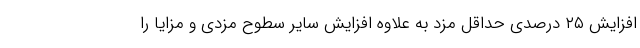
افزایش ۲۵ درصدی حداقل مزد به علاوه افزایش سایر سطوح مزدی و مزایا را